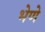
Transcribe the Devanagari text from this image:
भेणे